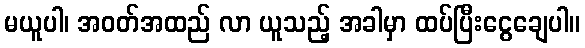
မယူပါ၊ အဝတ်အထည် လာ ယူသည့် အခါမှာ ထပ်ပြီးငွေချေပါ။